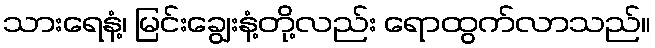
သားရေနံ့၊ မြင်းချွေးနံ့တို့လည်း ရောထွက်လာသည်။